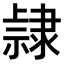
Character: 𨽾